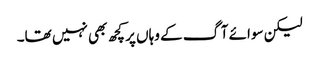
لیکن سوائے آگ کے وہاں پر کچھ بھی نہیں تھا۔